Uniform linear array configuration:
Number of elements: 32
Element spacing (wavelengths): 0.25
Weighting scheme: hann
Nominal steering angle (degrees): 0
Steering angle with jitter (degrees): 0.786
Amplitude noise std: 0.05
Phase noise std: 0.05

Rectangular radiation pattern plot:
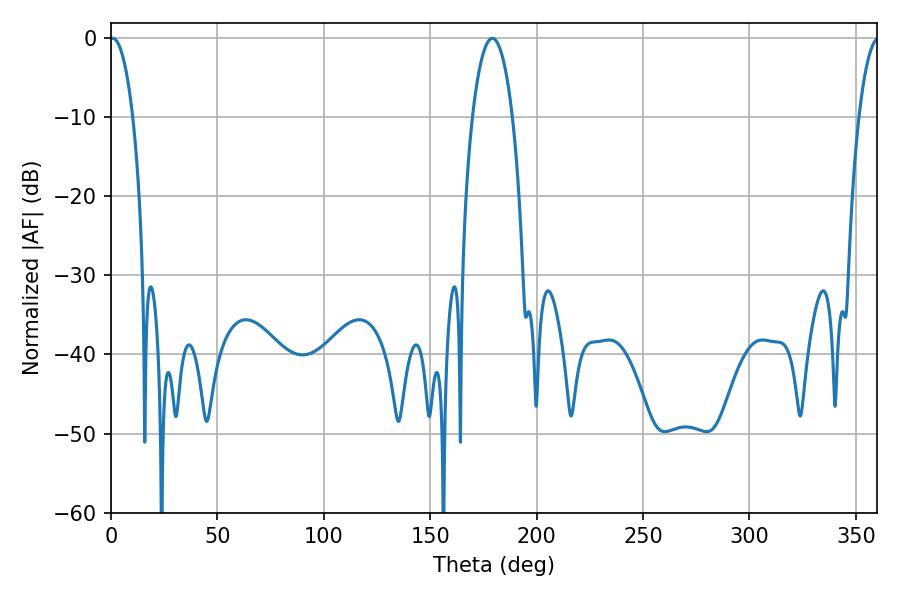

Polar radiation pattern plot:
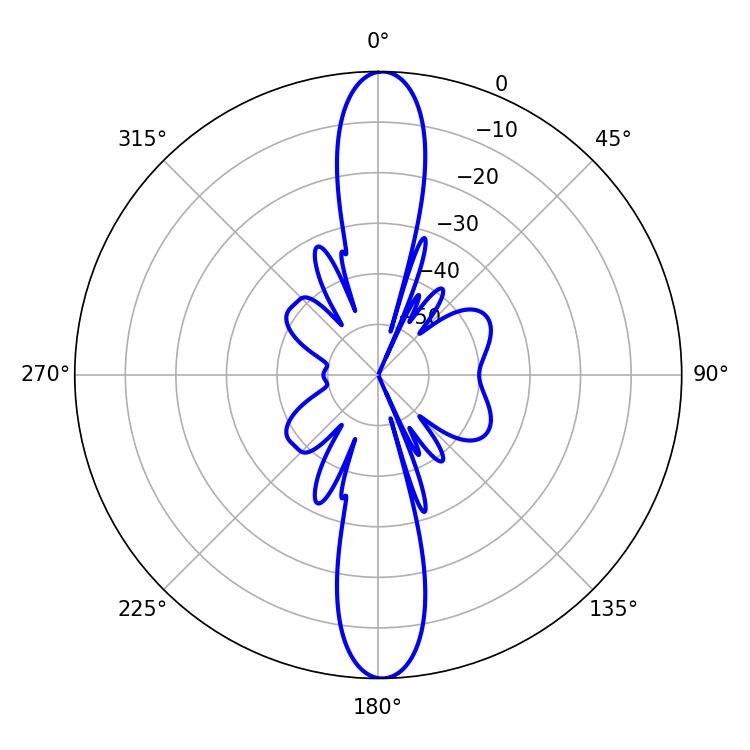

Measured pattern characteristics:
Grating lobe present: FALSE
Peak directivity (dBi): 25.543
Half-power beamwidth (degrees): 6.12
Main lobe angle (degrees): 0.9